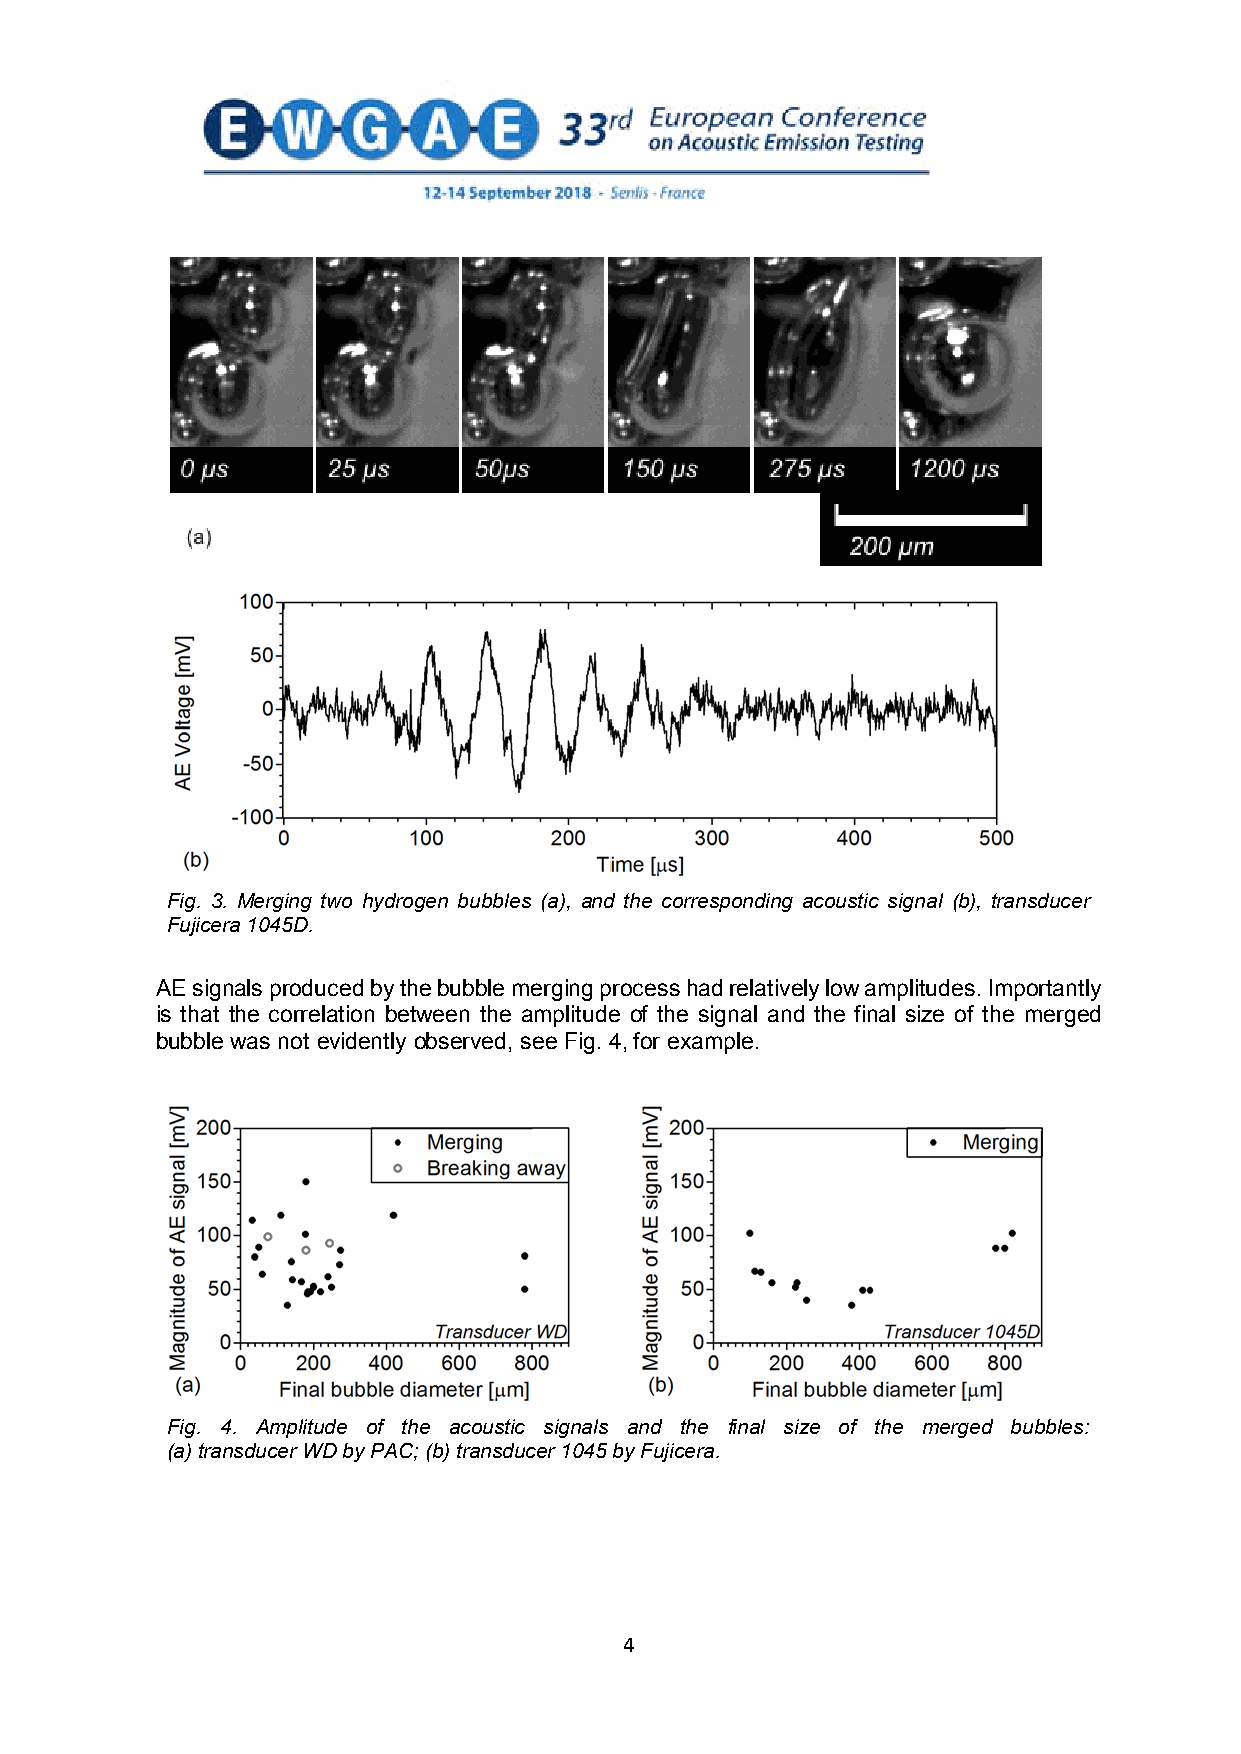
Fig. 3. Merging two hydrogen bubbles (a), and the corresponding acoustic signal (b), transducer
 Fujicera 1045D.
 AEsignals producedby the bubble merging processhad relativelylow amplitudes. Importantly
 is that the correlation between the amplitude of the signal and the final size of the merged
 bubble was not evidently observed, see Fig. 4, for example.
 Fig. 4. Amplitude of the acoustic signals and the final size of the merged bubbles:
 (a) transducer WD by PAC; (b) transducer 1045 by Fujicera.
 4